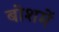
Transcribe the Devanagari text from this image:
बोशमें